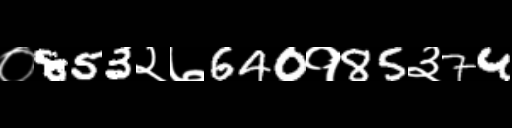
Text: ०853२७640१85३74